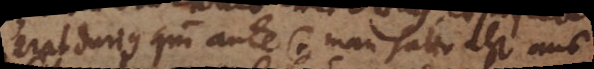
erat durius quam ante ☉. Man hatte also aus